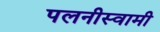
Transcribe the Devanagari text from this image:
पलनीस्वामी